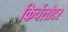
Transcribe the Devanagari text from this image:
किर्चलौटर